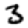
Digit: 3